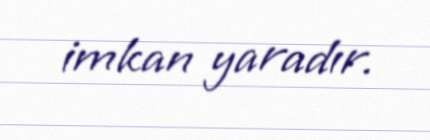
imkan yaradır.